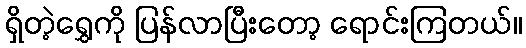
ရှိတဲ့ရွှေကို ပြန်လာပြီးတော့ ရောင်းကြတယ်။